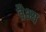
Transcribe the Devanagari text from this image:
वैभ्य